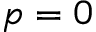
p = 0